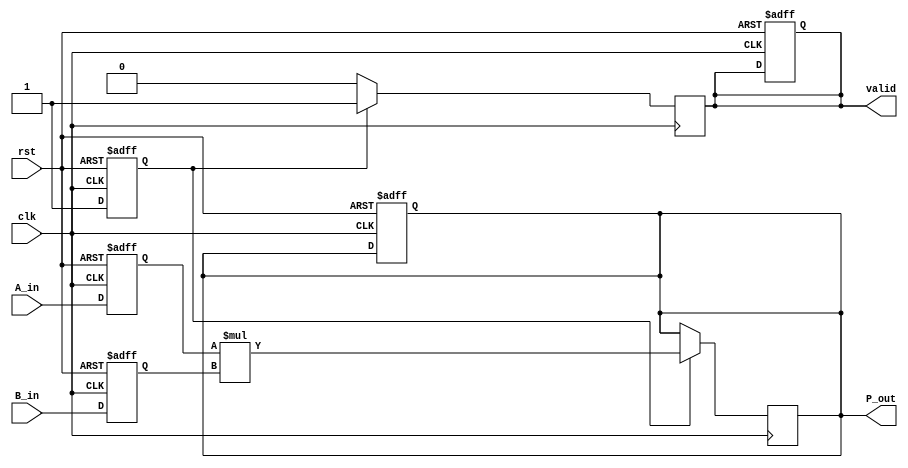
module streaming_multiplier #(
    parameter DATA_WIDTH = 16,  // Width of the input data
    parameter PRODUCT_WIDTH = 32 // Width of the output product
)(
    input wire clk,               // Clock signal
    input wire rst,               // Asynchronous reset
    input wire [DATA_WIDTH-1:0] A_in, // Input stream A
    input wire [DATA_WIDTH-1:0] B_in, // Input stream B
    output reg [PRODUCT_WIDTH-1:0] P_out, // Output product
    output reg valid              // Valid signal for output
);

    // Internal signals
    reg [DATA_WIDTH-1:0] A_buffer; // Buffer for A_in
    reg [DATA_WIDTH-1:0] B_buffer; // Buffer for B_in
    reg ready;                    // Indicates if multiplication can occur

    // State machine for control logic
    always @(posedge clk or posedge rst) begin
        if (rst) begin
            A_buffer <= 0;
            B_buffer <= 0;
            P_out <= 0;
            valid <= 0;
            ready <= 0;
        end else begin
            // Buffer the inputs
            A_buffer <= A_in;
            B_buffer <= B_in;
            ready <= 1; // Indicate that inputs are ready for multiplication
        end
    end

    // Multiplication and output logic
    always @(posedge clk) begin
        if (ready) begin
            P_out <= A_buffer * B_buffer; // Perform multiplication
            valid <= 1;                   // Assert valid signal
        end else begin
            valid <= 0;                   // Deassert valid if not ready
        end
    end

endmodule